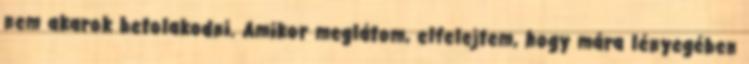
nem akarok betolakodni. Amikor meglátom, elfelejtem, hogy mára lényegében